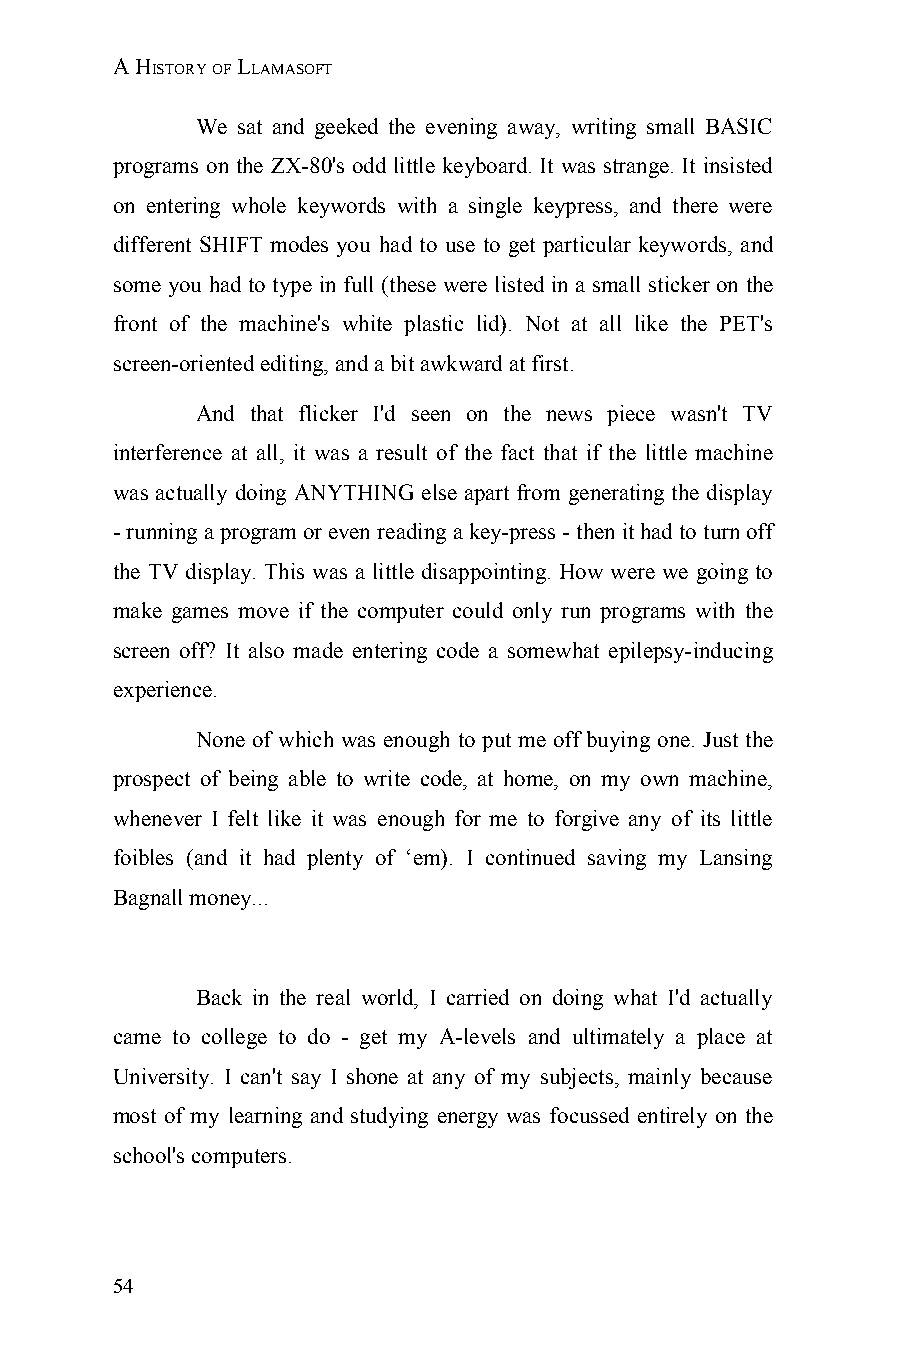
A HISTORY OF LLAMASOFT
 We sat and geeked the evening away, writing small BASIC
 programs on the ZX-80's odd little keyboard. It was strange. It insisted
 on entering whole keywords with a single keypress, and there were
 different SHIFT modes you had to use to get particular keywords, and
 some you had to type in full (these were listed in a small sticker on the
 front of the machine's white plastic lid). Not at all like the PET's
 screen-oriented editing, and a bit awkward at first.
 And that flicker I'd seen on the news piece wasn't TV
 interference at all, it was a result of the fact that if the little machine
 was actually doing ANYTHING else apart from generating the display
 - running a program or even reading a key-press - then it had to turn off
 the TV display. This was a little disappointing. How were we going to
 make games move if the computer could only run programs with the
 screen off? It also made entering code a somewhat epilepsy-inducing
 experience.
 None of which was enough to put me off buying one. Just the
 prospect of being able to write code, at home, on my own machine,
 whenever I felt like it was enough for me to forgive any of its little
 foibles (and it had plenty of ‘em). I continued saving my Lansing
 Bagnall money...
 Back in the real world, I carried on doing what I'd actually
 came to college to do - get my A-levels and ultimately a place at
 University. I can't say I shone at any of my subjects, mainly because
 most of my learning and studying energy was focussed entirely on the
 school's computers.
 54